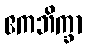
ဧကဘိက္ခာ